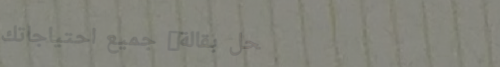
محل بقالة: جميع احتياجاتك